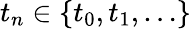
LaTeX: t_{n}\in\{ t_{0},t_{1},\dots\}